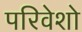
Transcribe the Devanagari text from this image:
परिवेशो